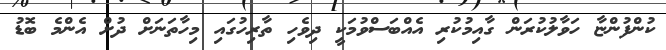
ކުންފުންޏާ ހަވާލުކުރަން ގާއިމުކުރި އެއްބަސްވުމަކީ ދިވެހި ތާރިހުގައި މިހާތަނަށް ދުށް އެންމެ ބޮޑު